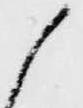
候